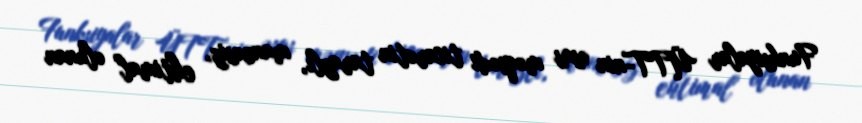
Funksiyalar ÜTT-nin əsas məqsədi ticarətin tarazlı, maneəsiz, ehtimal olunan